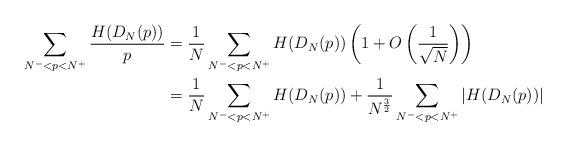
LaTeX: \begin{align*}\sum_{N^-<p<N^+}\frac{H(D_N(p))}{p} &=\frac{1}{N}\sum_{N^-<p<N^+}H(D_N(p))\left(1+O\left(\frac{1}{\sqrt{N}}\right)\right)\\ &=\frac{1}{N}\sum_{N^-<p<N^+}H(D_N(p))+\frac{1}{N^{\frac{3}{2}}}\sum_{N^-<p<N^+}|H(D_N(p))|\end{align*}